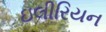
ઇલીરિયન